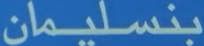
بنسلیمان